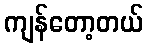
ကျန်တော့တယ်